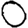
Digit: 0